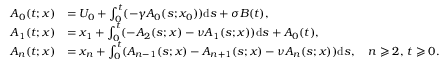
\begin{array} { r l } { A _ { 0 } ( t ; x ) } & { = U _ { 0 } + \int _ { 0 } ^ { t } ( - \gamma A _ { 0 } ( s ; x _ { 0 } ) ) \mathrm { d } s + \sigma B ( t ) , } \\ { A _ { 1 } ( t ; x ) } & { = x _ { 1 } + \int _ { 0 } ^ { t } ( - A _ { 2 } ( s ; x ) - \nu A _ { 1 } ( s ; x ) ) \mathrm { d } s + A _ { 0 } ( t ) , } \\ { A _ { n } ( t ; x ) } & { = x _ { n } + \int _ { 0 } ^ { t } ( { A _ { n - 1 } ( s ; x ) } - A _ { n + 1 } ( s ; x ) - \nu A _ { n } ( s ; x ) ) \mathrm { d } s , \quad n \geqslant 2 , \, t \geqslant 0 . } \end{array}